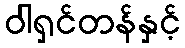
ဝါရှင်တန်နှင့်